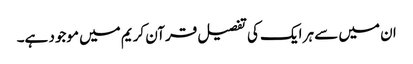
ان میں سے ہر ایک کی تفصیل قرآن کریم میں موجود ہے۔